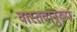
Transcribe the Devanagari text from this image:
वास्तवानुरूप